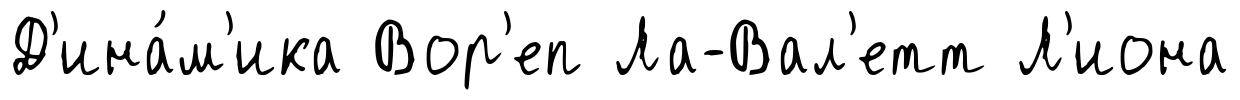
Д'ина́м'ика Вор'еп Ла-Вал'етт Л'иона